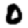
Digit: 0